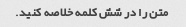
متن را در شش کلمه خلاصه کنید.